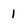
Character: 1